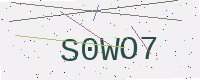
Text: S0WO7